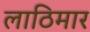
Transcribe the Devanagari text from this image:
लाठिमार